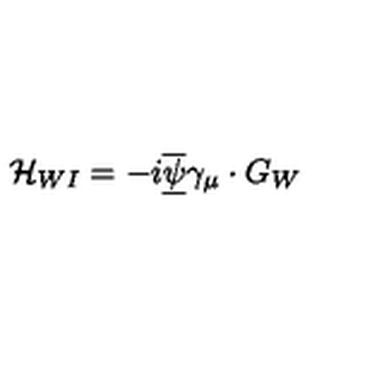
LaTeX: \mathcal { H } _ { W I } = - i \overline { { \underline { { \psi } } } } \gamma _ { \mu } \cdot G _ { W }